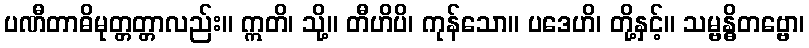
ပဏီတာဓိမုတ္တတ္တာလည်း။ ဣတိ၊ သို့။ တီဟိပိ၊ ကုန်သော။ ပဒေဟိ၊ တို့နှင့်။ သမ္ဗန္ဓိတဗ္ဗော၊